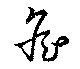
詹